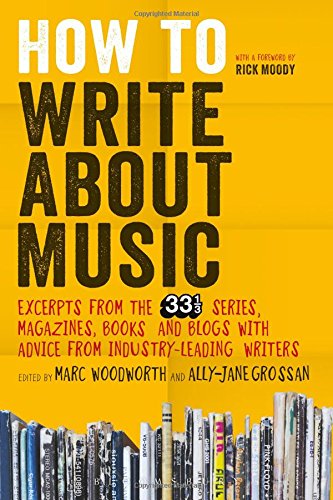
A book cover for How to Write About Music: Excerpts from the 33 1/3 Series, Magazines, Books and Blogs with Advice from Industry-leading Writers; Arts & Photography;